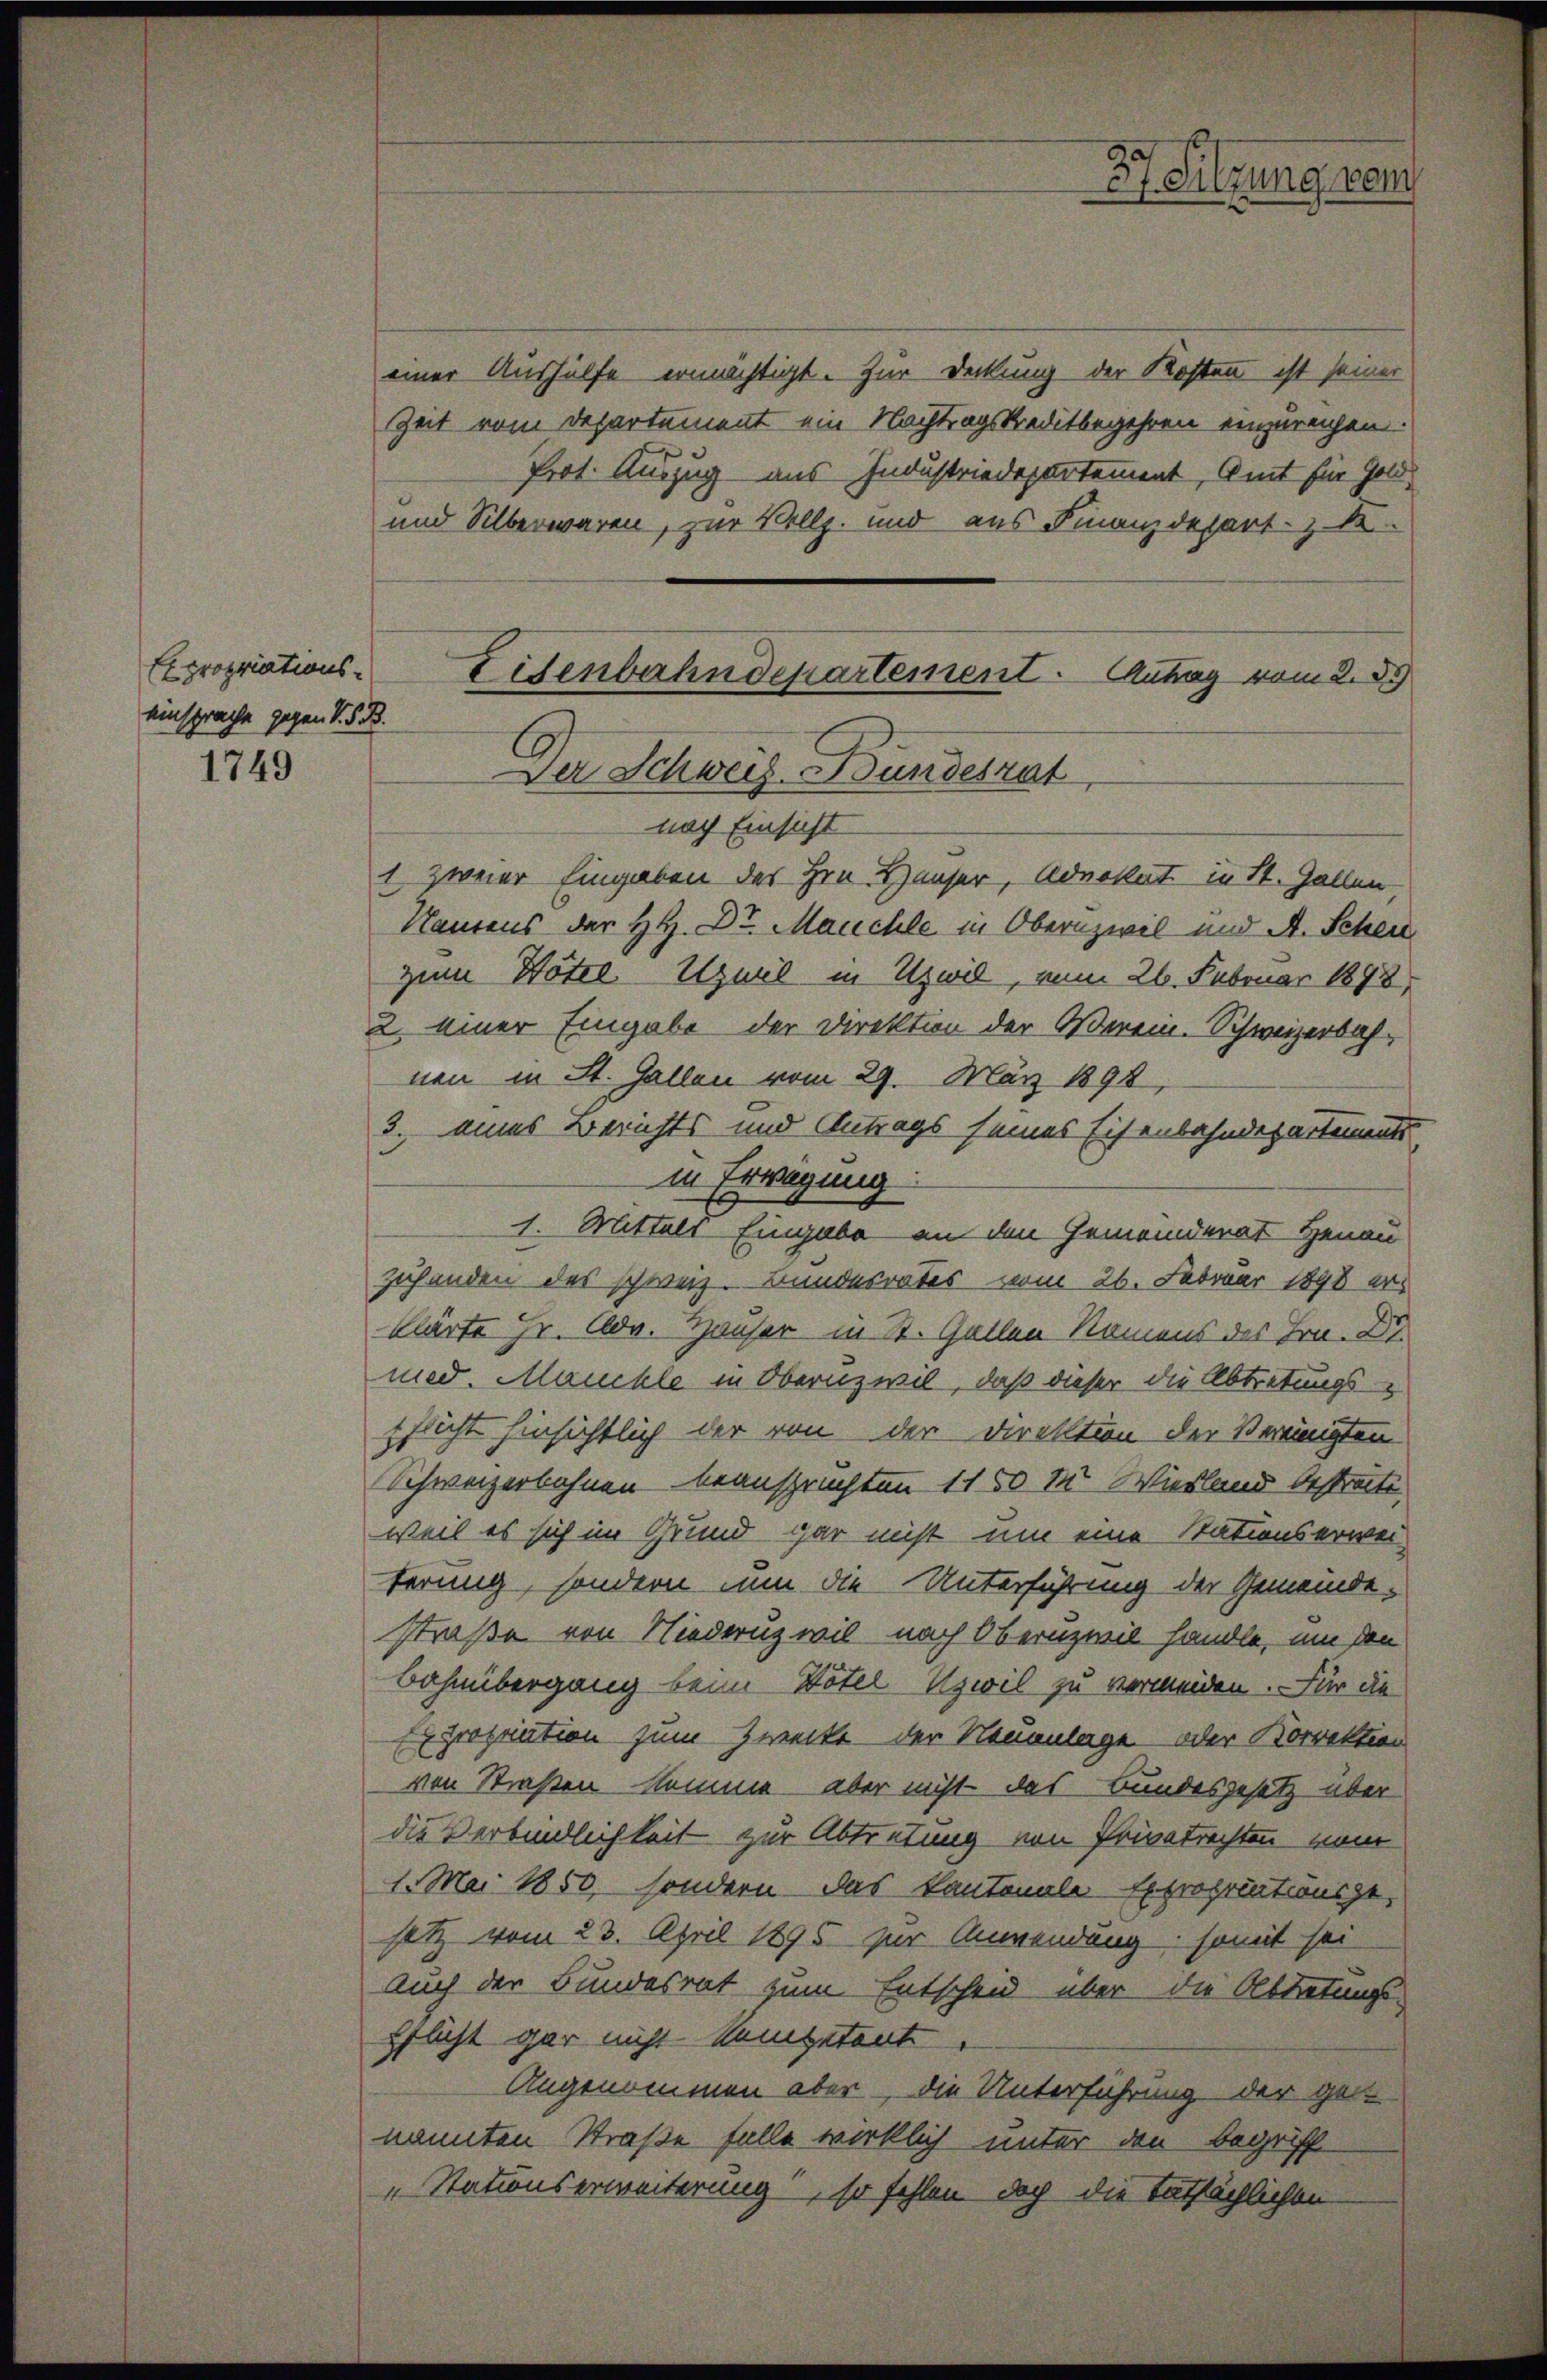
Expropriationseinsprache gegen V S. B.

1749

einer Aushülfe ermächtigt. Zur Deckung der Kosten ist seiner
Zeit vom Departement ein Nachtragskreditbegehren einzureichen.
Prot. Auszug aus Industriedepartement, Amt für Gold¬
und Silberwaren, zur Vollz. und aus Finanzdepart-S
nach Einsicht
1 zweier Eingaben des Hrn. Häuser, Advokat in St. Gallen
Nautens der HH. Dr. Mauchle in Obernzivil und A. Schen
zum Hötze. Uzuel in Uzwil, vom 26. Februar 1898,
2 einer Eingabe der Direktion der Verein. Schweizerbahnen in St. Gallen vom 29. März 1894,
3. eines Berichts und Antrags seines Eisenbahndepartements
in Erwegung
1. Mittels Eingabe an den Gemeinderat Henau
zuhanden des schweiz. Bundesrates vom 26. Februar 1898 er
klärte Hr. Adv. Hauser in St. Gallen Namens des Hrn. Dr.
med. Manchle in Obernz wil, daß dieser die Abtretungs-
Eslicht hinsichtlich der von der Direktion der Vereinigten
Schweizerbahnen beanspruchten 1150 M Wiesland bestreite
weil es sich im Grund gar nicht um eine Stationserwei-
terung, sondern nun die Unterführung der Gemeinde-
straße von Niederuz wil nach Obernzwil handle, um den
Bahnübergang beim Notel-Uzwil zu vermeiden. Für die
Expropriation zum Zwecke - der Neuanlage oder Korrektion
von Straßen komme aber nicht das Bundesgesetz über
die Verbindlichkeit zur Abtretung von Privatrechten vom
1. Mai 1850, sondern das kantonale Expropriationsge-
setz vom 23. April 1895 zur Anwendung, somit sei
Auch der Bundesrat zum Entscheid über die Abtretungs-
pflicht gar nicht kompetent
Angenommen aber, die Unterführung der ge-
nannten Straße falle wirklich unter den Begriff
„Stationserweiterung, so fehlen doch die tatsächlichen

Eisenbahndepartement. Antrag vom 2. d.
Der Schweiz. Bundesrat

37. Sitzung vom